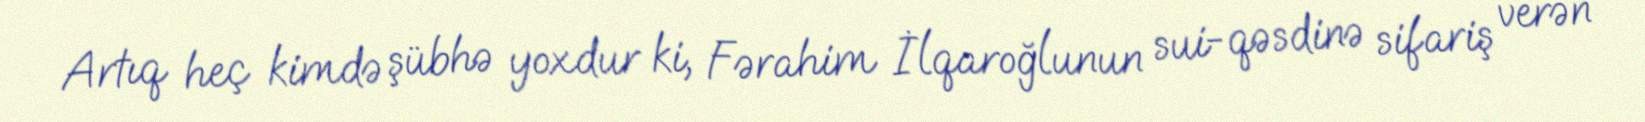
Artıq heç kimdə şübhə yoxdur ki, Fərahim İlqaroğlunun sui-qəsdinə sifariş verən